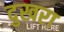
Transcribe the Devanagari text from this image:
दुखरा